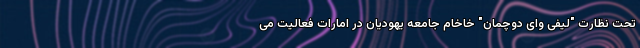
تحت نظارت "لیفی وای دوچمان" خاخام جامعه یهودیان در امارات فعالیت می